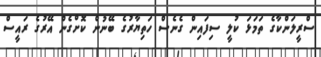
ސްރީލަންކާގެ ތަމަޅަ ކުލީ ސިފައިން ގެނެސް ހަތިޔާރުގެ ބޭނުން ކޮށްގެން އޭރުގެ ރައީސް